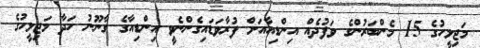
މަޖިލީހުގެ 15 މެންބަރުންގެ ވަފުދެއް އިންޑިއާއަށް ފުރާވަޑައިގެންނެވީ އިންޑިއާގެ ގާނޫނު ހަދާ މަޖިލީހުގެ